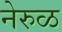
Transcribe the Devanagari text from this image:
नेरुळ